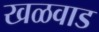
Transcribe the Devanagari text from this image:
खळवाड